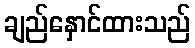
ချည်နှောင်ထားသည်